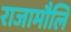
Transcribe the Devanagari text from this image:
राजामौलि